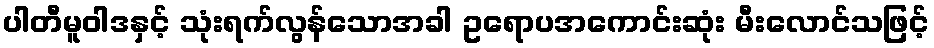
ပါတီမူဝါဒနှင့် သုံးရက်လွန်သောအခါ ဥရောပအကောင်းဆုံး မီးလောင်သဖြင့်